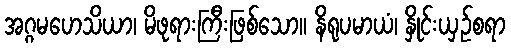
အဂ္ဂမဟေသိယာ၊ မိဖုရားကြီးဖြစ်သော။ နိရုပမာယံ၊ နှိုင်းယှဉ်စရာ